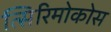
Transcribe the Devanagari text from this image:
त्सिरिमोकोस